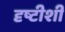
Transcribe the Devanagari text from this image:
दृष्टीशी